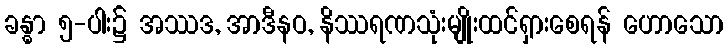
ခန္ဓာ ၅-ပါး၌ အဿဒ, အာဒီနဝ, နိဿရဏသုံးမျိုးထင်ရှားစေရန် ဟောသော